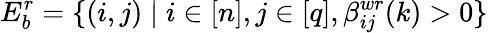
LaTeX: E_{b}^{r}=\{ (i,j)\mid i\in[n],j\in[q],\beta_{ij}^{wr}(k)>0\}